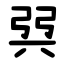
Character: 㢲